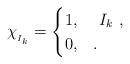
LaTeX: \begin{align*}\chi_{_{I_k}}=\begin{cases}1, & \ I_k\ ,\\0, & .\\\end{cases}\end{align*}